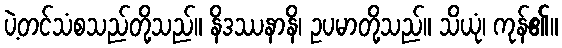
ပဲ့တင်သံစသည်တို့သည်။ နိဒဿနာနိ၊ ဥပမာတို့သည်။ သိယုံ၊ ကုန်၏။